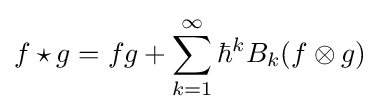
f\star g=fg+\sum _{k=1}^{\infty }\hbar ^{k}B_{k}(f\otimes g)